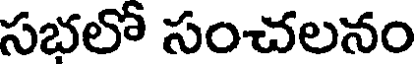
సభలో సంచలనం